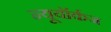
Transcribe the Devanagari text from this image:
न्यूयॉर्कज